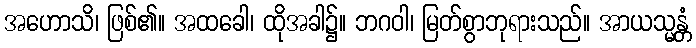
အဟောသိ၊ ဖြစ်၏။ အထခေါ၊ ထိုအခါ၌။ ဘဂဝါ၊ မြတ်စွာဘုရားသည်။ အာယသ္မန္တံ